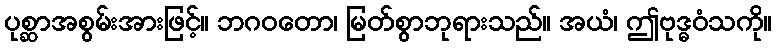
ပုစ္ဆာအစွမ်းအားဖြင့်။ ဘဂဝတော၊ မြတ်စွာဘုရားသည်။ အယံ၊ ဤဗုဒ္ဓဝံသကို။